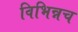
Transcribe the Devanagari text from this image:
विभिन्नच